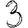
Digit: 3